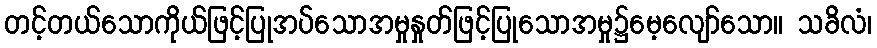
တင့်တယ်သောကိုယ်ဖြင့်ပြုအပ်သောအမှုနှုတ်ဖြင့်ပြုသောအမှု၌မေ့လျော်သော။ သခိလံ၊